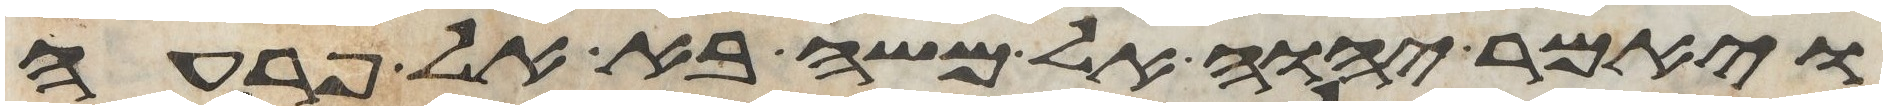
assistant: ויאמר יהוה אל משה בא אל פרעה